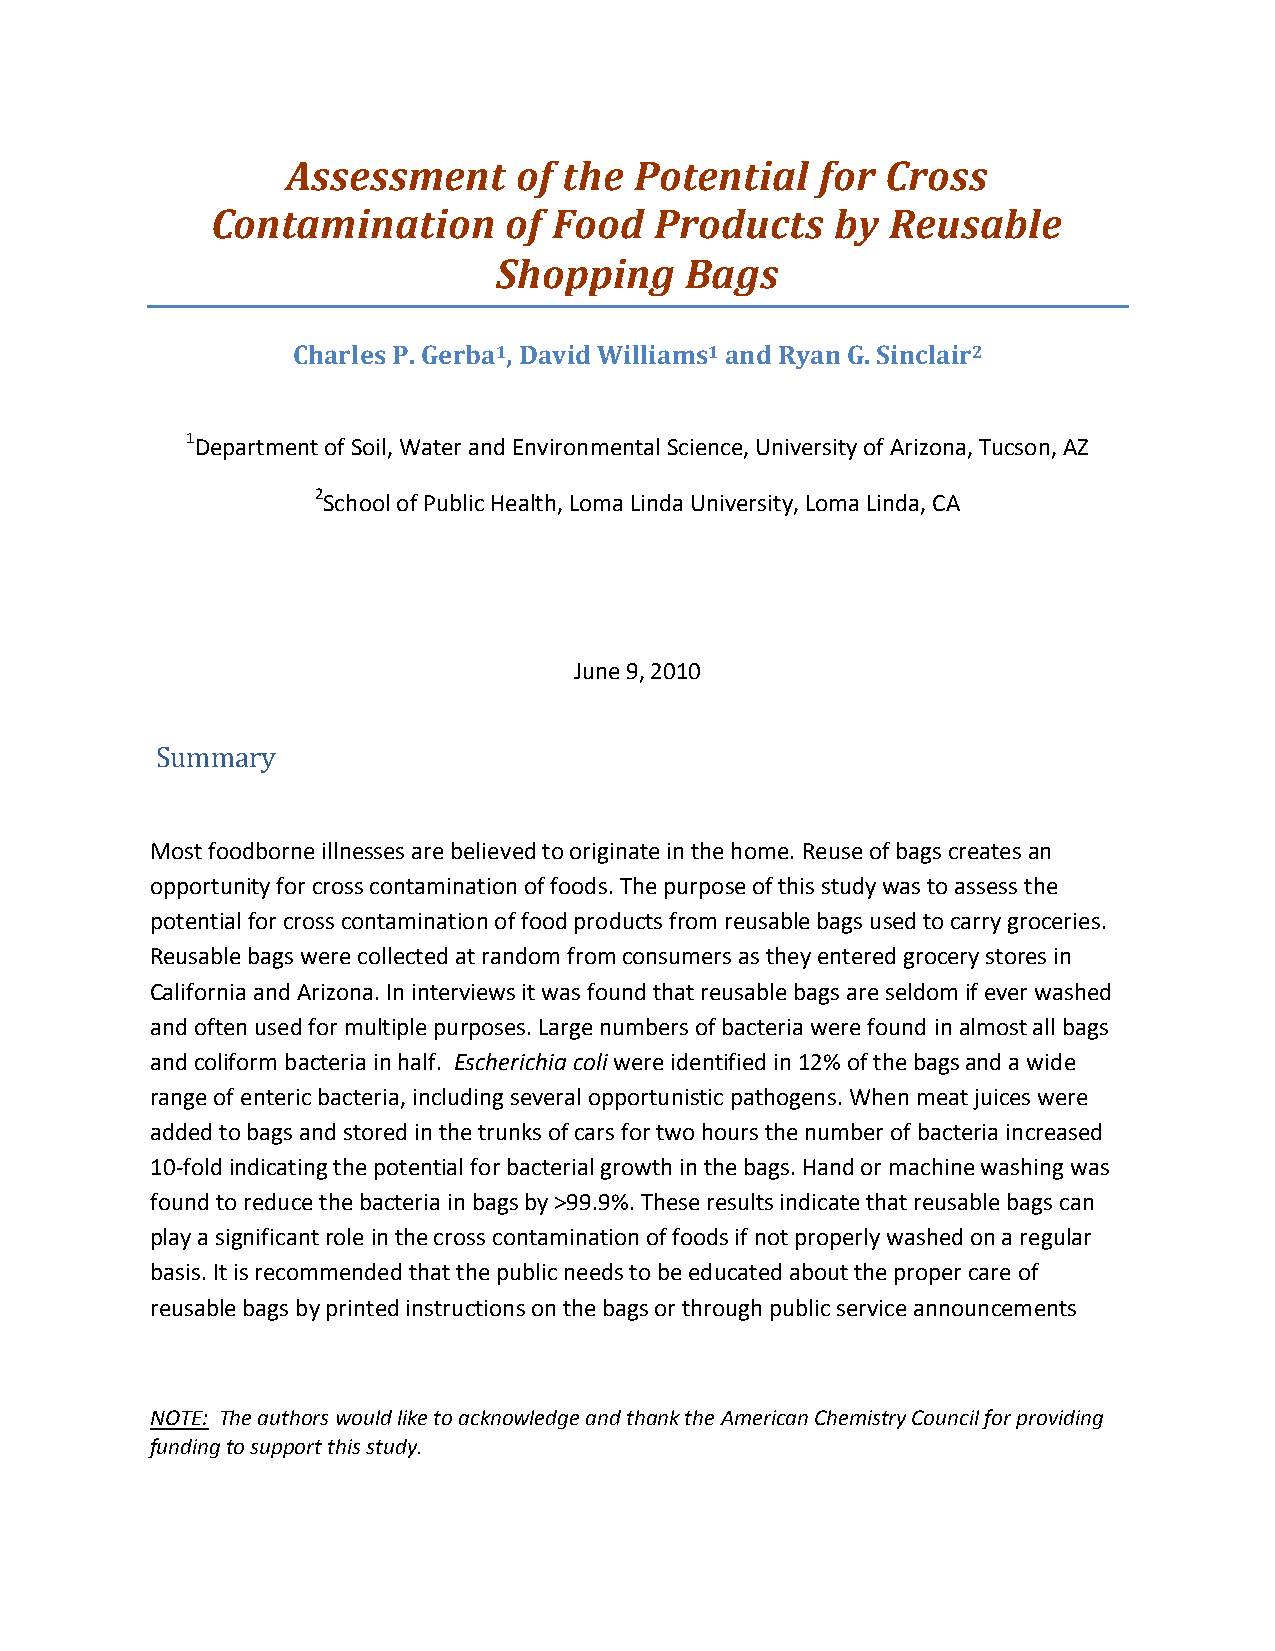
Assessment     of the  Potential   for  Cross
 Contamination       of Food  Products    by  Reusable
 Shopping    Bags
 Charles P. Gerba1, David Williams1 and Ryan G. Sinclair2
 1Department of Soil, Water and Environmental Science, University of Arizona, Tucson, AZ
 2School of Public Health, Loma Linda University, Loma Linda, CA
 June 9, 2010
 Summary
 Most foodborne illnesses are believed to originate in the home. Reuse of bags creates an
 opportunity for cross contamination of foods. The purpose of this study was to assess the
 potential for cross contamination of food products from reusable bags used to carry groceries.
 Reusable bags were collected at random from consumers as they entered grocery stores in
 California and Arizona. In interviews it was found that reusable bags are seldom if ever washed
 and often used for multiple purposes. Large numbers of bacteria were found in almost all bags
 and coliform bacteria in half. Escherichia coli were identified in 12% of the bags and a wide
 range of enteric bacteria, including several opportunistic pathogens. When meat juices were
 added to bags and stored in the trunks of cars for two hours the number of bacteria increased
 10-fold indicating the potential for bacterial growth in the bags. Hand or machine washing was
 found to reduce the bacteria in bags by >99.9%. These results indicate that reusable bags can
 play a significant role in the cross contamination of foods if not properly washed on a regular
 basis. It is recommended that the public needs to be educated about the proper care of
 reusable bags by printed instructions on the bags or through public service announcements
 NOTE: The authors would like to acknowledge and thank the American Chemistry Council for providing
 funding to support this study.